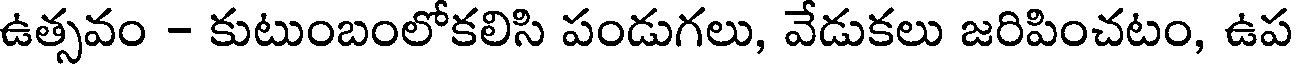
ఉత్సవం - కుటుంబంలోకలిసి పండుగలు, వేడుకలు జరిపించటం, ఉప